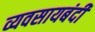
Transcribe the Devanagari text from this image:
व्यवसायबंदी